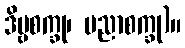
ဒိဗ္ဗစက္ခု၊ ပညာစက္ခု)။